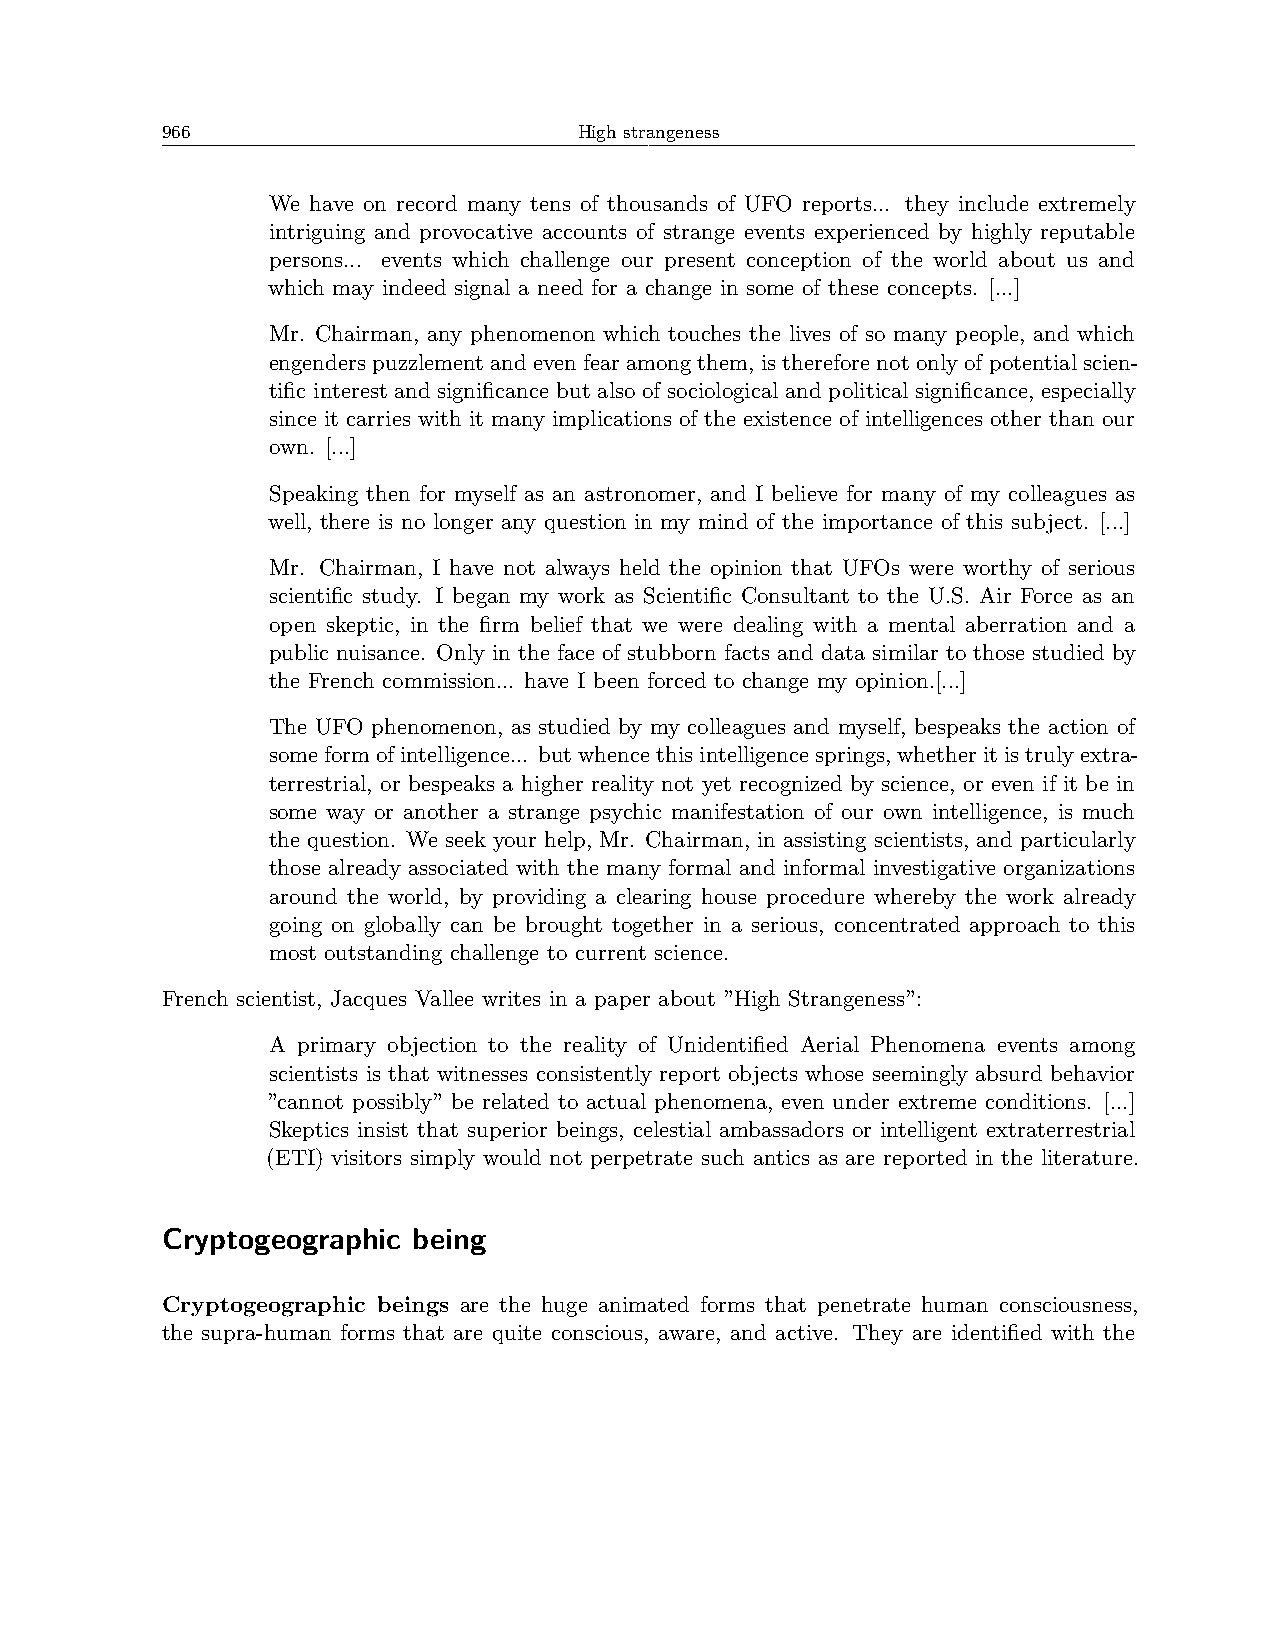
966                        High strangeness
 We have on record many tens of thousands of UFO reports... they include extremely
 intriguing and provocative accounts of strange events experienced by highly reputable
 persons... events which challenge our present conception of the world about us and
 which may indeed signal a need for a change in some of these concepts. [...]
 Mr. Chairman, any phenomenon which touches the lives of so many people, and which
 engenderspuzzlementandevenfearamongthem, isthereforenotonlyofpotentialscien-
 tific interest and significance but also of sociological and political significance, especially
 since it carries with it many implications of the existence of intelligences other than our
 own. [...]
 Speaking then for myself as an astronomer, and I believe for many of my colleagues as
 well, there is no longer any question in my mind of the importance of this subject. [...]
 Mr. Chairman, I have not always held the opinion that UFOs were worthy of serious
 scientific study. I began my work as Scientific Consultant to the U.S. Air Force as an
 open skeptic, in the firm belief that we were dealing with a mental aberration and a
 public nuisance. Only in the face of stubborn facts and data similar to those studied by
 the French commission... have I been forced to change my opinion.[...]
 The UFO phenomenon, as studied by my colleagues and myself, bespeaks the action of
 someformofintelligence... butwhencethisintelligencesprings,whetheritistrulyextra-
 terrestrial, or bespeaks a higher reality not yet recognized by science, or even if it be in
 some way or another a strange psychic manifestation of our own intelligence, is much
 the question. We seek your help, Mr. Chairman, in assisting scientists, and particularly
 those already associated with the many formal and informal investigative organizations
 around the world, by providing a clearing house procedure whereby the work already
 going on globally can be brought together in a serious, concentrated approach to this
 most outstanding challenge to current science.
 French scientist, Jacques Vallee writes in a paper about ”High Strangeness”:
 A primary objection to the reality of Unidentified Aerial Phenomena events among
 scientists is that witnesses consistently report objects whose seemingly absurd behavior
 ”cannot possibly” be related to actual phenomena, even under extreme conditions. [...]
 Skeptics insist that superior beings, celestial ambassadors or intelligent extraterrestrial
 (ETI) visitors simply would not perpetrate such antics as are reported in the literature.
 Cryptogeographic being
 Cryptogeographic beings are the huge animated forms that penetrate human consciousness,
 the supra-human forms that are quite conscious, aware, and active. They are identified with the